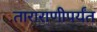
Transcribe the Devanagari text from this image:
ताराराणीपर्यंत